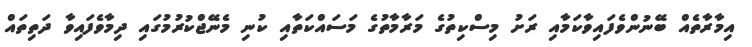
އިމާރާތެއް ބޭނުންވެފައިވާކަމާއި ރަށު މިސްކިތުގެ މަރާމާތުގެ މަސައްކަތާއި ކުނި މެނޭޖްކުރުމުގައި ދިމާވެފައިވާ ދަތިތައް